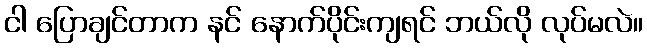
ငါ ပြောချင်တာက နင် နောက်ပိုင်းကျရင် ဘယ်လို လုပ်မလဲ။